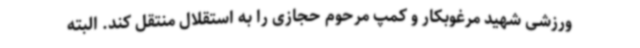
ورزشی شهید مرغوبکار و کمپ مرحوم حجازی را به استقلال منتقل کند. البته